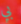
بي